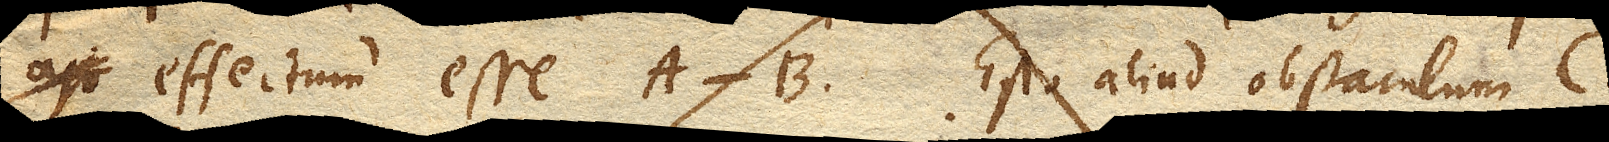
ajo constat effectum esse A-B. Esto aliud obstaculum C.